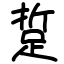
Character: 踅